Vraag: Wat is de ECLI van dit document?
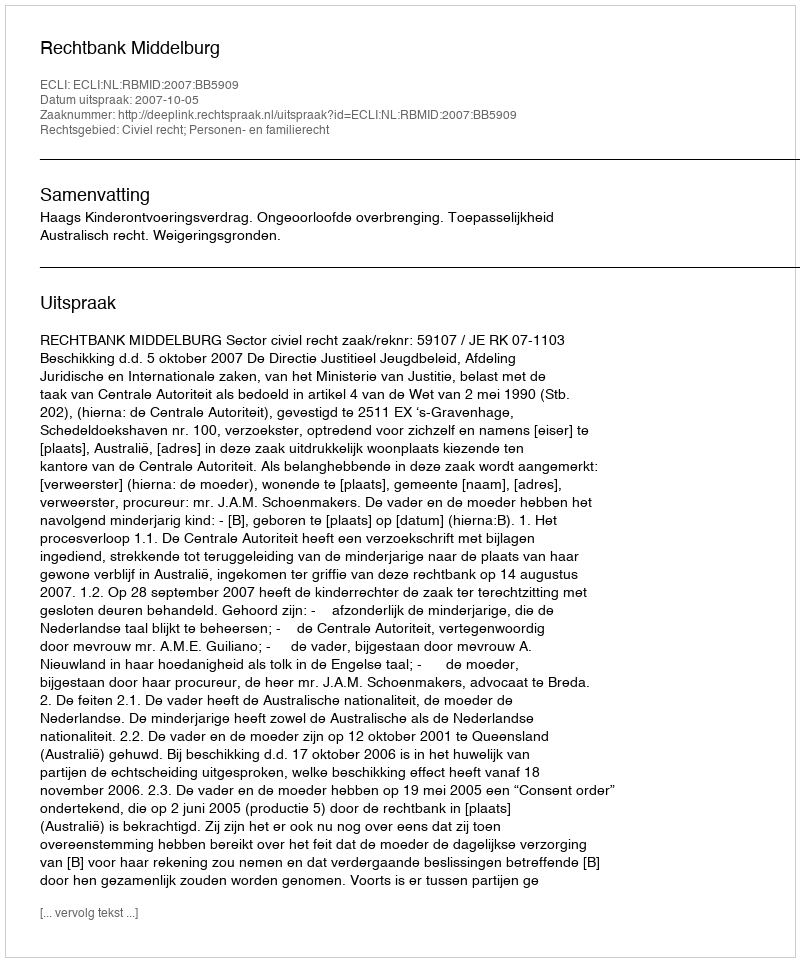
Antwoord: ECLI:NL:RBMID:2007:BB5909